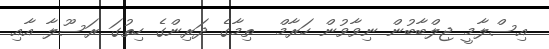
އިސްލާމީ ޖިލްބާބުން ނިވާވުން ހަރާމް  ތިމާގެ ދަރިންގެ ހިތުގަ ރަސޫލާ އާއި